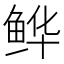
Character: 𫚘